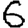
Digit: 6